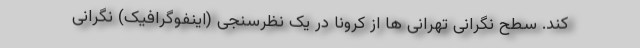
کند. سطح نگرانی تهرانی ها از کرونا در یک نظرسنجی (اینفوگرافیک) نگرانی